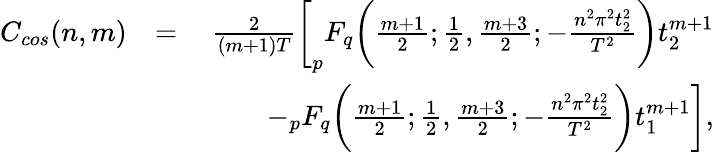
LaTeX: \begin{array}{rlr}{C_{cos}(n,m)}&{=}&{\frac{2}{(m+1)T}\bigg[_{p}F_{q}\bigg(\frac{m+1}{2};\frac{1}{2},\frac{m+3}{2};-\frac{n^{2}\pi^{2}t_{2}^{2}}{T^{2}}\bigg)t_{2}^{m+1}}\\ &{\quad}&{-_{p}F_{q}\bigg(\frac{m+1}{2};\frac{1}{2},\frac{m+3}{2};-\frac{n^{2}\pi^{2}t_{2}^{2}}{T^{2}}\bigg)t_{1}^{m+1}\bigg],}\end{array}